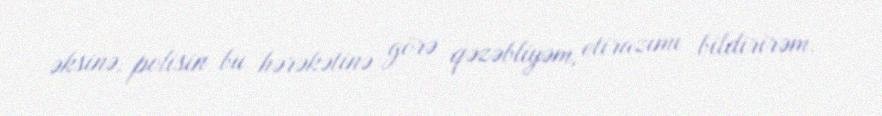
əksinə, polisin bu hərəkətinə görə qəzəbliyəm, etirazımı bildirirəm.